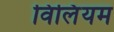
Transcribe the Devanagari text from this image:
विलिंयम